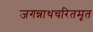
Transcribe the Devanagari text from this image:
जगन्नाथचरितमृत